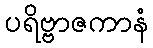
ပရိဗ္ဗာဇကာနံ